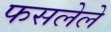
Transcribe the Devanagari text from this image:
फसलेले